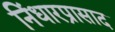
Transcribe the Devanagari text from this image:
निंधारप्रासाद